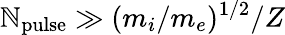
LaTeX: \mathbb{N}_{\mathrm{{pulse}}}\gg(m_{i}/m_{e})^{1/2}/Z